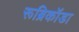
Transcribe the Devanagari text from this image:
रूब्रिकॉडा